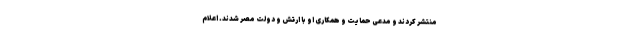
منتشر کردند و مدعی حمایت و همکاری او با ارتش و دولت مصر شدند. اعلام